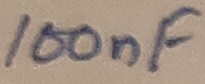
Text: 100nF